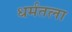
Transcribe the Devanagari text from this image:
धर्मतला